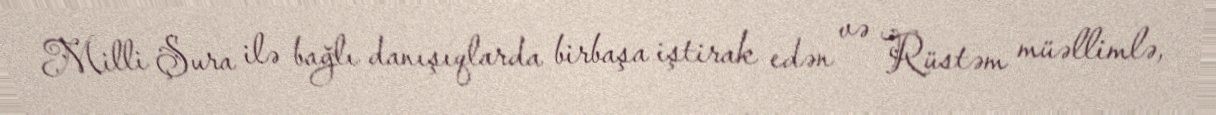
Milli Şura ilə bağlı danışıqlarda birbaşa iştirak edən və Rüstəm müəllimlə,